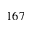
1 6 7